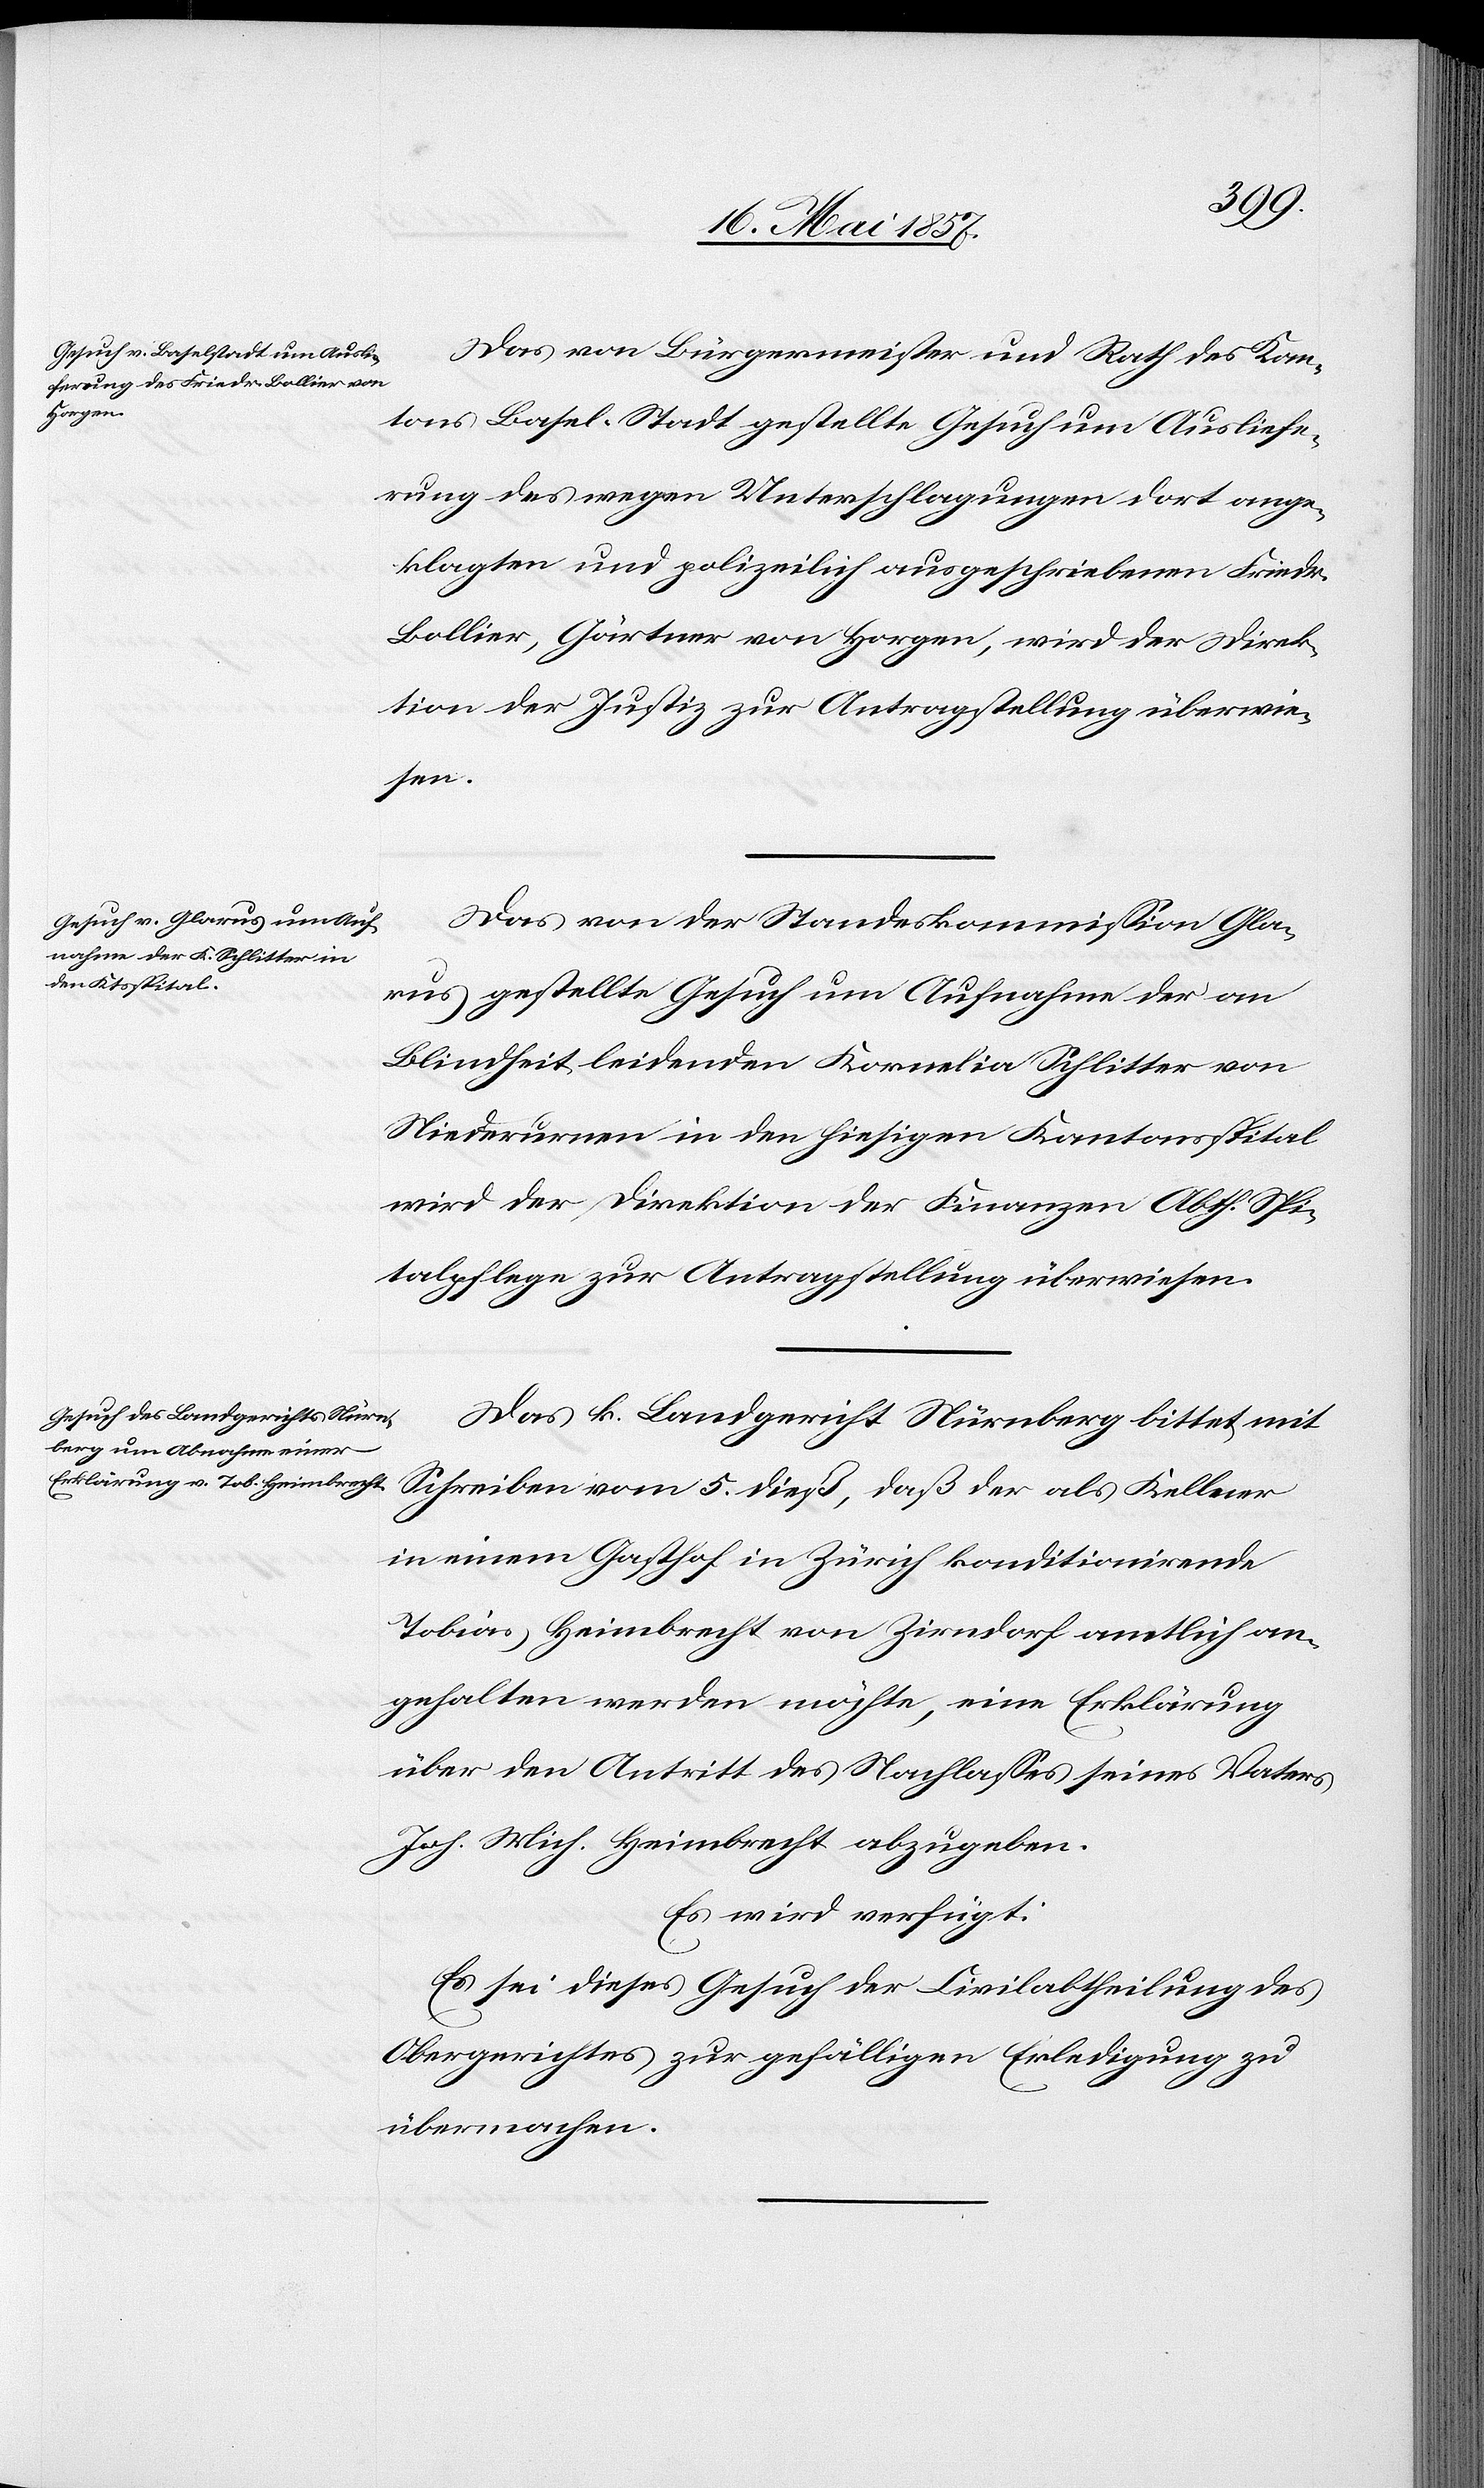
den
18 Mai 1857.]
Das von Bürgermeister und Rath des Kan¬
tons Basel-Stadt gestellte Gesuch um Ausliefe¬
rung des wegen Unterschlagungen dort ange¬
klagten und polizeilich ausgeschriebenen Friedr.
Bollier, Gärtner von Horgen, wird der Direk¬
tion der Justiz zur Antragstellung überwie¬
sen.
Das von der Standeskommission Gla¬
rus gestellte Gesuch um Aufnahme der an
Blindheit leidenden Kornelia Schlitter von
Niederurnen in den hiesigen Kantonsspital
wird der Direktion der Finanzen Abth. Spi¬
talpflege zur Antragstellung überwiesen.
Das k. Landgericht Nürnberg bittet mit
Schreiben vom 5 dieß, daß der als Kellner
in einem Gasthof in Zürich konditionirende
Tobias Heimbrecht von Zirndorf amtlich an¬
gehalten werden möchte, eine Erklärung
über den Antritt des Nachlasses seines Vaters
Joh. Mich. Heimbrecht abzugeben.
Es wird verfügt:
Es sei dieses Gesuch der Civilabtheilung des
Obergerichtes zur zufälligen Erledigung zu
übermachen.